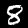
Digit: 8